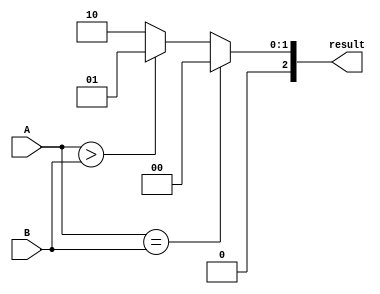
module comparator16bit (
    input [15:0] A,
    input [15:0] B,
    output reg [2:0] result
);

always @* begin
    if (A == B) begin
        result = 3'b000; // A equal to B
    end else if (A > B) begin
        result = 3'b001; // A greater than B
    end else begin
        result = 3'b010; // B greater than A
    end
end

endmodule